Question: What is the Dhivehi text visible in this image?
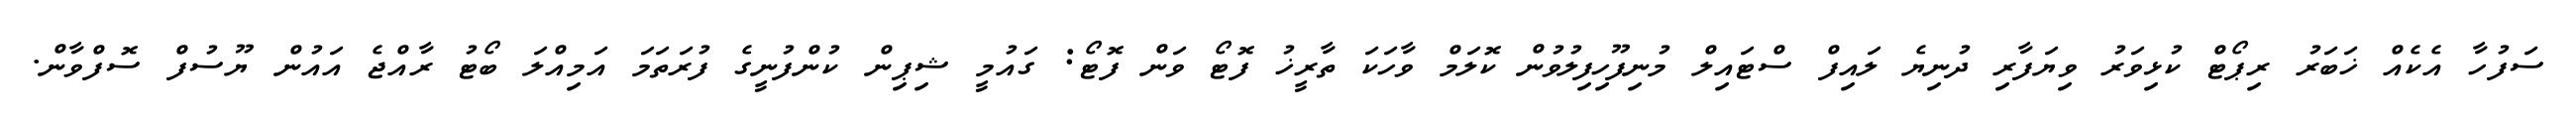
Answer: ސަފުހާ އެކެއް ޚަބަރު ރިޕޯޓް ކުޅިވަރު ވިޔަފާރި ދުނިޔެ ލައިފް ސްޓައިލް މުނިފޫހިފިލުވުން ކޮލަމް ވާހަކަ ތާރީޚު ފޮޓޯ ވަން ފޮޓޯ: ގައުމީ ޝިޕިން ކުންފުނީގެ ފުރަތަމަ އަމިއްލަ ބޯޓު ރާއްޖެ އައުން ޔޫސުފް ސޮފްވާން.